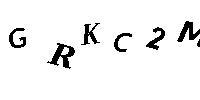
GRKC2M